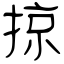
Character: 掠